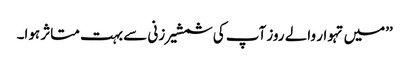
’’میں تہوار والے روز آپ کی شمشیر زنی سے بہت متاثر ہوا۔